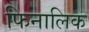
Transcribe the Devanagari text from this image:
फिनालिक